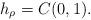
LaTeX: \begin{align*} h_\rho = C (0,1).\end{align*}